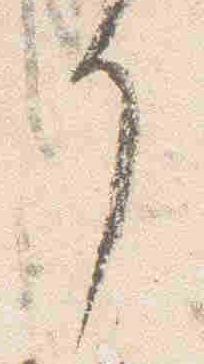
了